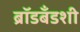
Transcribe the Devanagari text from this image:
ब्रॉडबँडशी